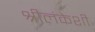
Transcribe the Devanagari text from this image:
श्रीलंकेशी